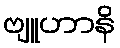
ဗျူဟာနိ